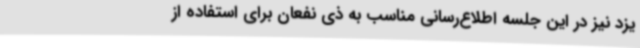
یزد نیز در این جلسه اطلاع‌رسانی مناسب به ذی نفعان برای استفاده از